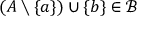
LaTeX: ( A \setminus \{ a \} ) \cup \{ b \} \in { \mathcal { B } }